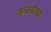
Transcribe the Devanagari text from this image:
कळंबच्या